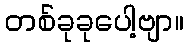
တစ်ခုခုပေါ့ဗျာ။